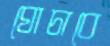
ঘোচাবে